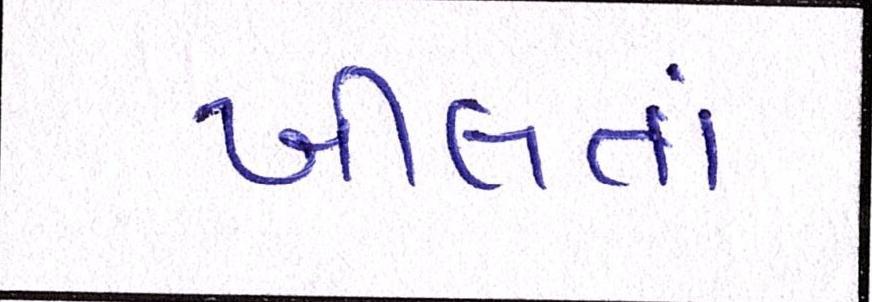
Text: ખીલતાં